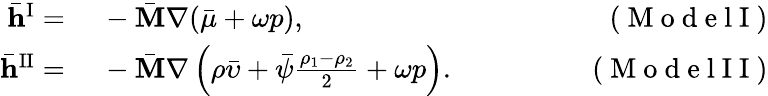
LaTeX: \begin{array}{rlr}{\bar{\mathbf{h}}^{\mathrm{I}}=}&{{}~-\bar{\mathbf{M}}\nabla(\bar{\mu}+\omega p),\quad\quad\quad\quad}&{(\mathrm{~M~o~d~e~l~I~})}\\ {\bar{\mathbf{h}}^{\mathrm{II}}=}&{{}~-\bar{\mathbf{M}}\nabla\left(\rho\bar{\upsilon}+\bar{\psi}\frac{\rho_{1}-\rho_{2}}{2}+\omega p\right).\quad\quad\quad\quad}&{(\mathrm{~M~o~d~e~l~I~I~})}\end{array}